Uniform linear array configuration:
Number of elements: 4
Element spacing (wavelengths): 1
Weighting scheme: kaiser
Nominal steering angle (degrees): -60
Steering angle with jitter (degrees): -61.045
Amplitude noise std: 0.05
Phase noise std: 0.05

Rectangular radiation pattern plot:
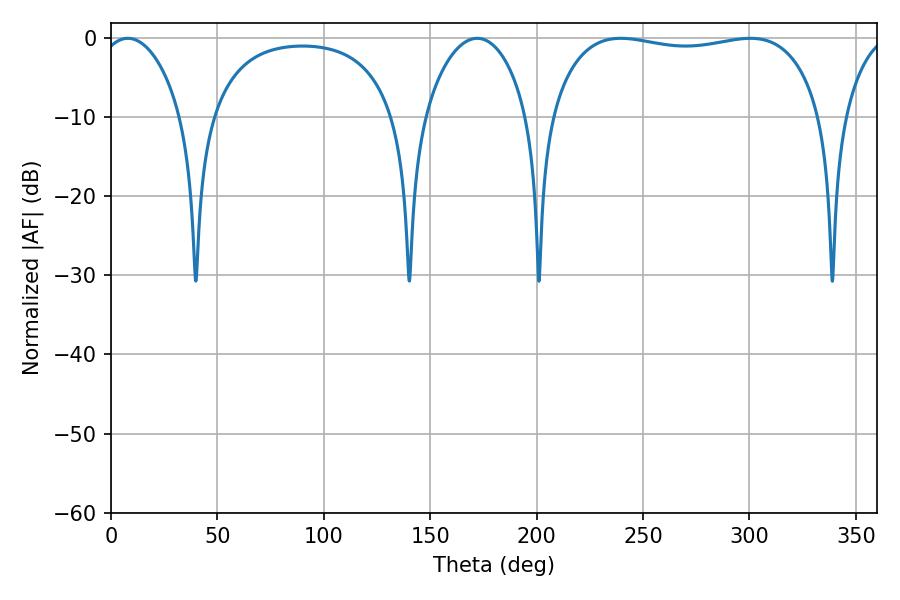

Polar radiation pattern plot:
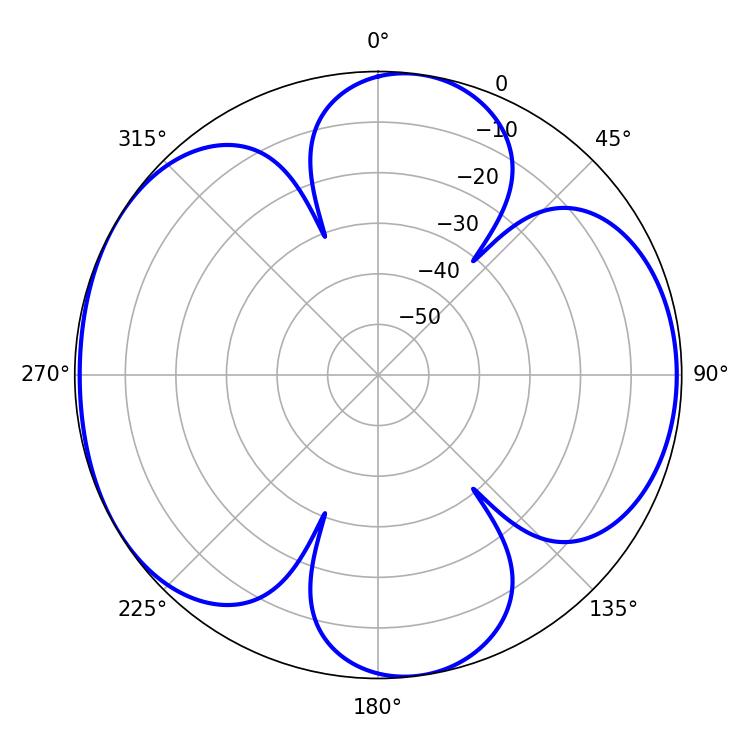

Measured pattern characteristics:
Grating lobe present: TRUE
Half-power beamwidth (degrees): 102.6
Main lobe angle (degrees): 239.58